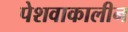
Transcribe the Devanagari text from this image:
पेशवाकालीन